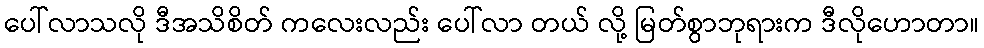
ပေါ်လာသလို ဒီအသိစိတ် ကလေးလည်း ပေါ်လာ တယ် လို့ မြတ်စွာဘုရားက ဒီလိုဟောတာ။